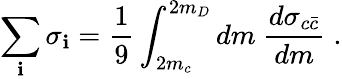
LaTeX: \sum_{\mathbf{i}}\sigma_{\mathbf{i}}=\frac{{1}}{{9}}\int_{2m_{c}}^{2m_{D}}dm~\frac{{d\sigma_{c\bar{{c}}}}}{{dm}}\; .